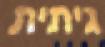
גיתית